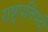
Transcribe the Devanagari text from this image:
राष्ट्रपतिपदी